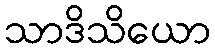
သာဒိသိယော